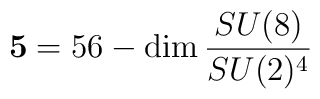
{\bf 5} = 56 - \mbox{dim} \, \frac{SU(8)}{SU(2)^4}